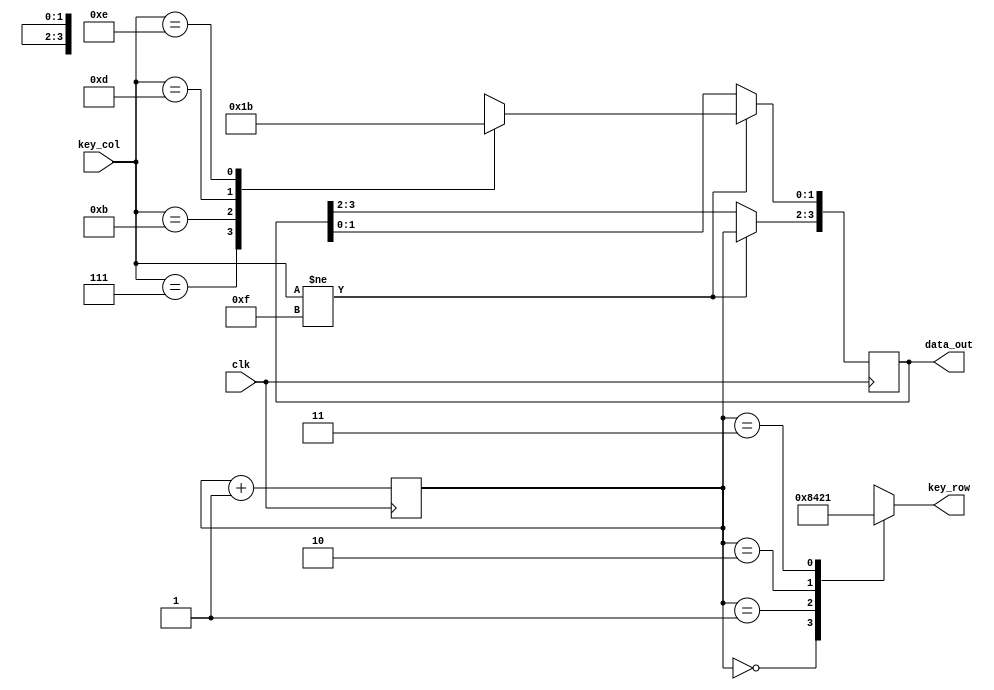
module scanner (
	input  wire clk,
	input  wire [3:0] key_col,
	output reg  [3:0] key_row,
	output reg  [3:0] data_out
);
	reg [1:0] counter;
	always@(posedge clk) begin
		counter<=counter+2'B01;
		end
	always@(negedge clk) begin
		if (key_col != 4'b1111) begin
			case (key_col)
				4'b0111 : data_out[1:0] <= 2'b00;
				4'b1011 : data_out[1:0] <= 2'b01;
				4'b1101 : data_out[1:0] <= 2'b10;
				4'b1110 : data_out[1:0] <= 2'b11;
				default : data_out[1:0] <= 2'bxx;
				endcase
			data_out[3:2] <= counter;
			end
		end
	always@(*)begin
		case (counter)
			2'b00 : key_row <= 4'b1000;
			2'b01 : key_row <= 4'b0100;
			2'b10 : key_row <= 4'b0010;
			2'b11 : key_row <= 4'b0001;
			endcase
		end
	endmodule